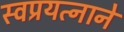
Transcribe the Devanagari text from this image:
स्वप्रयत्नाने